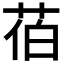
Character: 𦯉